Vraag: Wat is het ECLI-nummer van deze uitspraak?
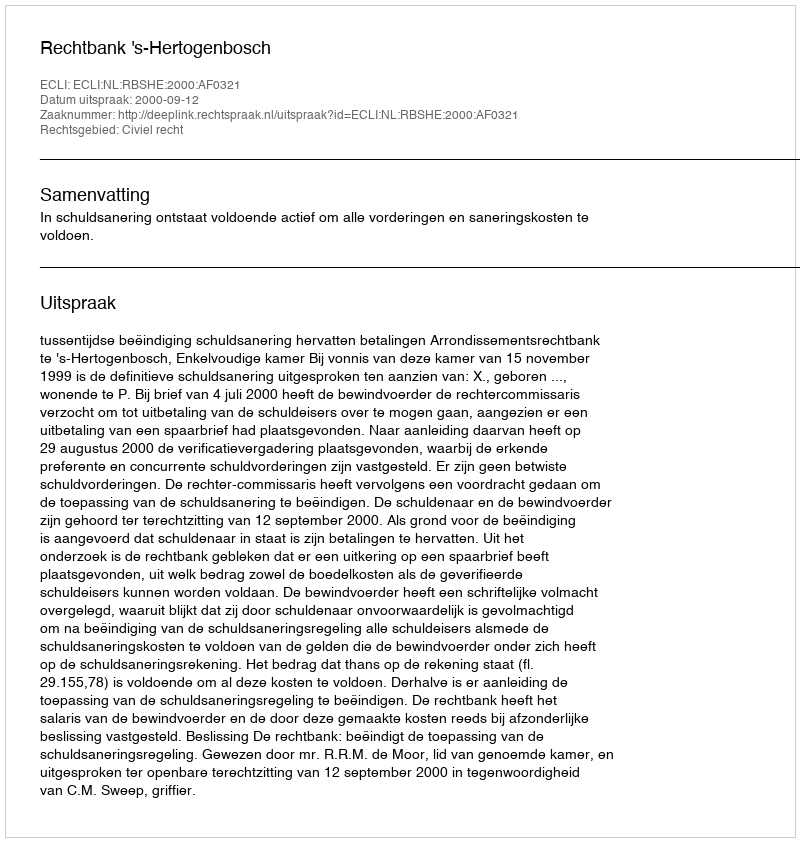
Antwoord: ECLI:NL:RBSHE:2000:AF0321